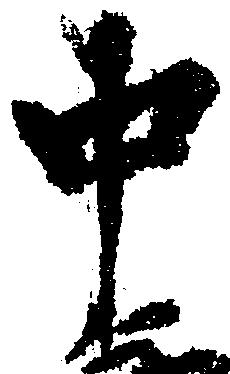
中